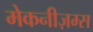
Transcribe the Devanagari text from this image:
मेकनीज़म्स